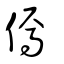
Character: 傿